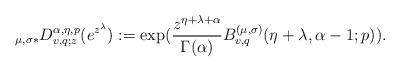
LaTeX: \begin{align*}{}_{\mu ,\sigma \ast }D_{v,q;z}^{\alpha ,\eta ,p}(e^{z^{\lambda }}):=\exp (\frac{z^{\eta +\lambda +\alpha }}{\Gamma (\alpha )}B_{v,q}^{\left( \mu,\sigma \right) }(\eta +\lambda ,\alpha -1;p)).\end{align*}